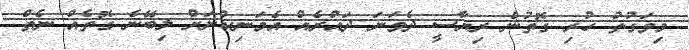
މިވަގުތު ހުރި ގޮތުން ރިޔާސީ ދެވަނަ ދައުރެއް އެމަނިކުނަށް ލިބޭނެ ގޮތެއް ނެތް